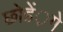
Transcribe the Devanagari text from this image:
छोडें़गे